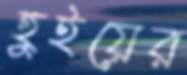
হুইয়ের